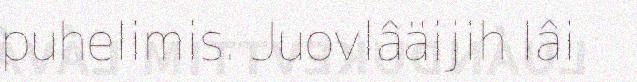
puhelimis. Juovlâäijih lâi